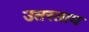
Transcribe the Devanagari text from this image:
उतरताय